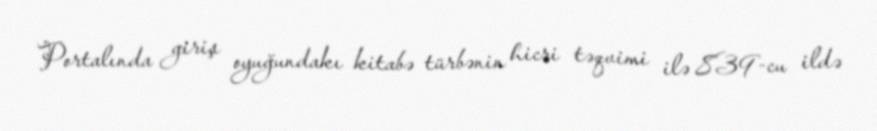
Portalında giriş oyuğundakı kitabə türbənin hicri təqvimi ilə 839-cu ildə